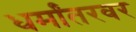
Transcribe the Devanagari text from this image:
धर्मांतरवर